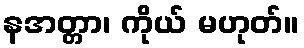
နအတ္တာ၊ ကိုယ် မဟုတ်။